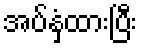
အပ်နှံထားပြီး